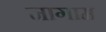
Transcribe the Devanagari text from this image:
नागाम